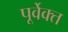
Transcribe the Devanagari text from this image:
पूर्वेक्त